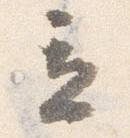
立